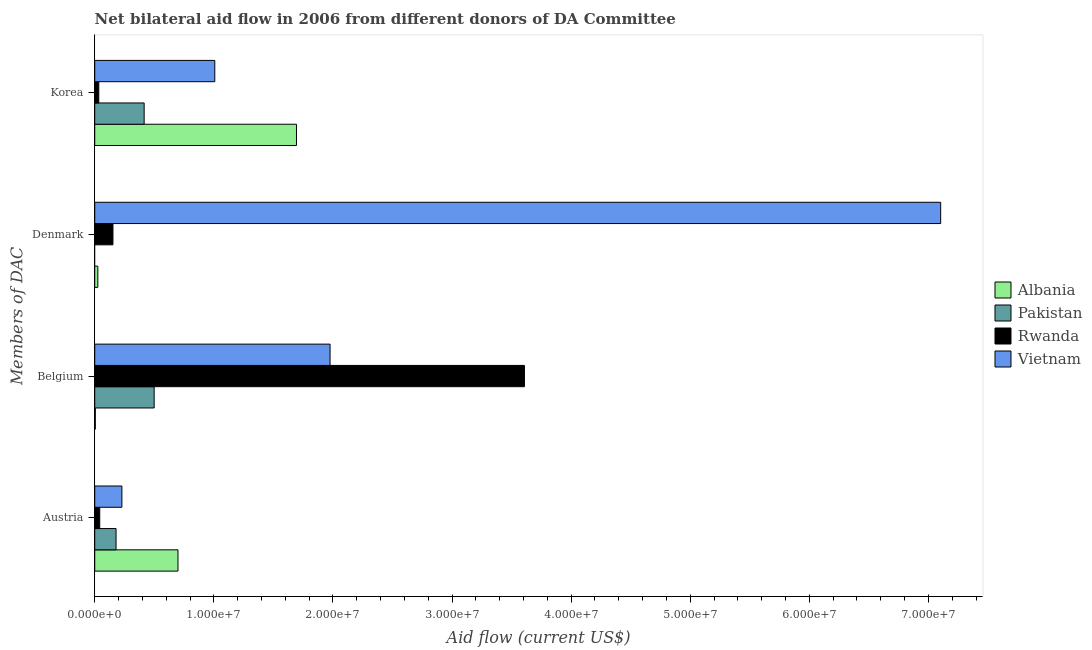
| Members of DAC | Albania | Pakistan | Rwanda | Vietnam |
 | --- | --- | --- | --- | --- |
 | Austria | 6.99e+06 | 1.79e+06 | 4.2e+05 | 2.28e+06 |
 | Belgium | 5e+04 | 4.99e+06 | 3.61e+07 | 1.98e+07 |
 | Denmark | 2.6e+05 | -4.52e+06 | 1.53e+06 | 7.1e+07 |
 | Korea | 1.69e+07 | 4.15e+06 | 3.4e+05 | 1.01e+07 |